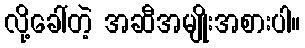
လို့ခေါ်တဲ့ အဆီအမျိုးအစားပါ။